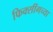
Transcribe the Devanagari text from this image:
फिक्सींगच्या